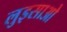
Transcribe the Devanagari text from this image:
लुइसाओ